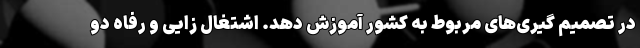
در تصمیم گیری‌های مربوط به کشور آموزش دهد. اشتغال زایی و رفاه دو